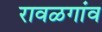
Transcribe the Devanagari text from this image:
रावळगांव